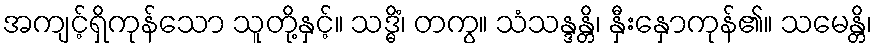
အကျင့်ရှိကုန်သော သူတို့နှင့်။ သဒ္ဓိံ၊ တကွ။ သံသန္ဒန္တိ၊ နှီးနှောကုန်၏။ သမေန္တိ၊